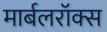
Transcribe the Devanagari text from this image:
मार्बलरॉक्स